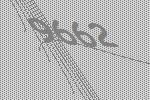
9662